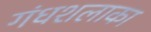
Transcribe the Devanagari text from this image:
गंधशलाका